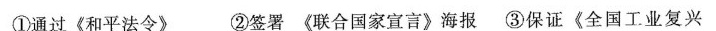
①通过《和平法令》 ②签署《联合国家宣言》海报③保证《全国工业复兴